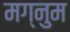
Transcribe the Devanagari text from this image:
मग्नुम